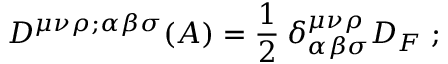
D ^ { \mu \nu \rho ; \alpha \beta \sigma } ( A ) = \frac { 1 } { 2 } \: \delta _ { \alpha \beta \sigma } ^ { \mu \nu \rho } D _ { F } \; ;